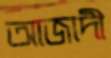
আজাদী